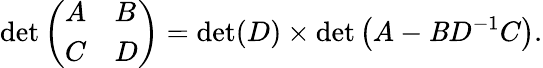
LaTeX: \operatorname*{det}{\left(\begin{array}{ll}{A}&{B}\\ {C}&{D}\end{array}\right)}=\operatorname*{det}(D)\times\operatorname*{det}\left(A-\mathit{B}D^{-1}C\right).